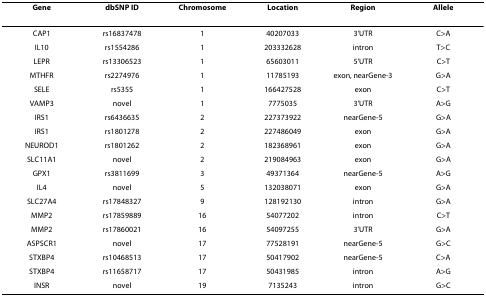
<table><thead><tr><td><b>Gene</b></td><td><b>dbSNP ID</b></td><td><b>Chromosome</b></td><td><b>Location</b></td><td><b>Region</b></td><td><b>Allele</b></td></tr></thead><tbody><tr><td>CAP1</td><td>rs16837478</td><td>1</td><td>40207033</td><td>3&#x27;UTR</td><td>C&gt;A</td></tr><tr><td>IL10</td><td>rs1554286</td><td>1</td><td>203332628</td><td>intron</td><td>T&gt;C</td></tr><tr><td>LEPR</td><td>rs13306523</td><td>1</td><td>65603011</td><td>5&#x27;UTR</td><td>C&gt;T</td></tr><tr><td>MTHFR</td><td>rs2274976</td><td>1</td><td>11785193</td><td>exon, nearGene-3</td><td>G&gt;A</td></tr><tr><td>SELE</td><td>rs5355</td><td>1</td><td>166427528</td><td>exon</td><td>C&gt;T</td></tr><tr><td>VAMP3</td><td>novel</td><td>1</td><td>7775035</td><td>3&#x27;UTR</td><td>A&gt;G</td></tr><tr><td>IRS1</td><td>rs6436635</td><td>2</td><td>227373922</td><td>nearGene-5</td><td>G&gt;A</td></tr><tr><td>IRS1</td><td>rs1801278</td><td>2</td><td>227486049</td><td>exon</td><td>G&gt;A</td></tr><tr><td>NEUROD1</td><td>rs1801262</td><td>2</td><td>182368961</td><td>exon</td><td>G&gt;A</td></tr><tr><td>SLC11A1</td><td>novel</td><td>2</td><td>219084963</td><td>exon</td><td>G&gt;A</td></tr><tr><td>GPX1</td><td>rs3811699</td><td>3</td><td>49371364</td><td>nearGene-5</td><td>A&gt;G</td></tr><tr><td>IL4</td><td>novel</td><td>5</td><td>132038071</td><td>exon</td><td>G&gt;A</td></tr><tr><td>SLC27A4</td><td>rs17848327</td><td>9</td><td>128192130</td><td>intron</td><td>G&gt;A</td></tr><tr><td>MMP2</td><td>rs17859889</td><td>16</td><td>54077202</td><td>intron</td><td>C&gt;T</td></tr><tr><td>MMP2</td><td>rs17860021</td><td>16</td><td>54097255</td><td>3&#x27;UTR</td><td>G&gt;A</td></tr><tr><td>ASPSCR1</td><td>novel</td><td>17</td><td>77528191</td><td>nearGene-5</td><td>G&gt;C</td></tr><tr><td>STXBP4</td><td>rs10468513</td><td>17</td><td>50417902</td><td>nearGene-5</td><td>C&gt;A</td></tr><tr><td>STXBP4</td><td>rs11658717</td><td>17</td><td>50431985</td><td>intron</td><td>A&gt;G</td></tr><tr><td>INSR</td><td>novel</td><td>19</td><td>7135243</td><td>intron</td><td>G&gt;C</td></tr></tbody></table>